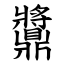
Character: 䵼